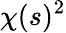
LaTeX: \chi(s)^{2}